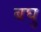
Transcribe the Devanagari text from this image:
बघु